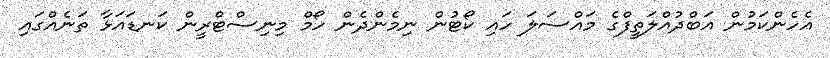
އެހެންކަމުން އަބްދުއްލަތީފްގެ މައްސަލަ ހައި ކޯޓުން ނިމެންދެން ހޯމް މިނިސްޓްރީން ކަނޑައަޅާ ތަނެއްގައި